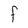
Character: F